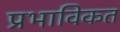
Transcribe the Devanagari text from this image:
प्रभाविकत